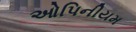
ઓપિનીયમ